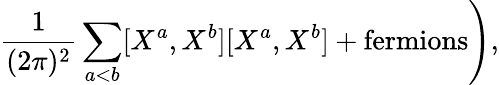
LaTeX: \left.\frac{1}{(2\pi)^{2}}\sum_{a<b}[X^{a},X^{b}][X^{a},X^{b}]+\mathrm{fermions}\right),